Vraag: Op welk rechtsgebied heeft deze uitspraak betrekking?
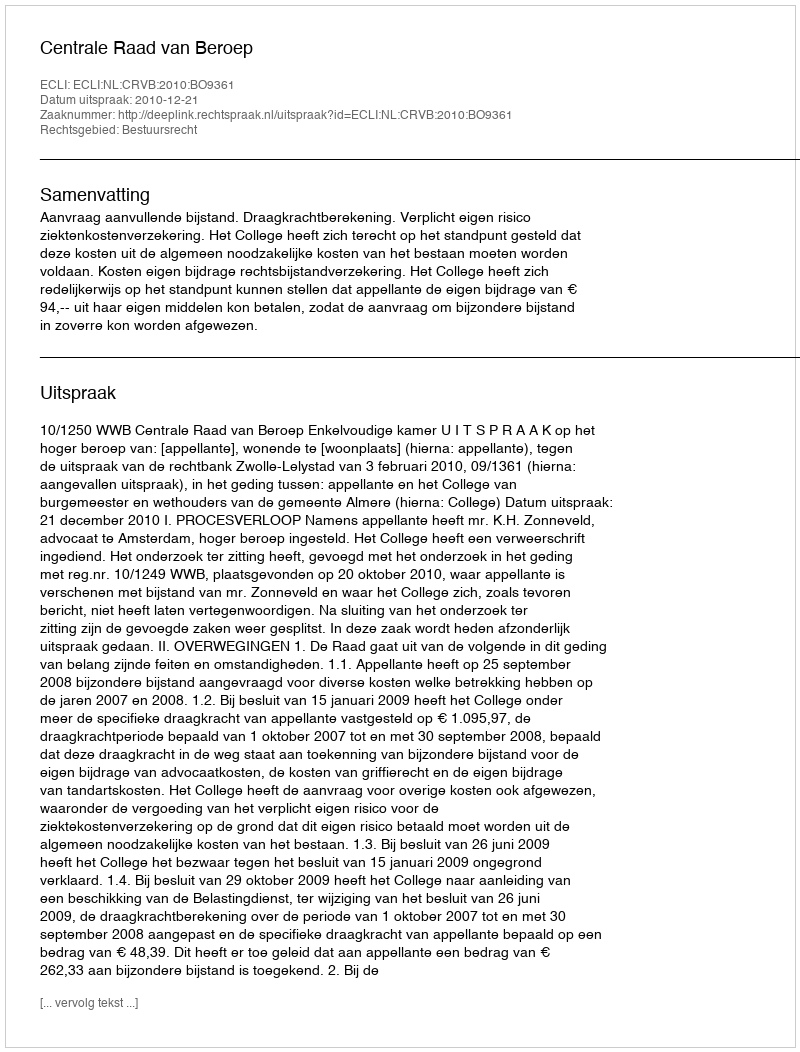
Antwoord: Bestuursrecht